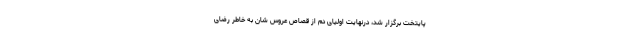
پایتخت برگزار شد، درنهایت اولیای دم از قصاص عروس شان به خاطر رضای